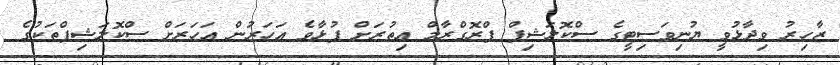
ޒާހިރު ވިދާޅުވީ ޔުނިވަސިޓީގެ ސްކޮލަޝިޕް ޕްރޮގްރާމް އިތުރަށް ފުޅާވެ އަހަރުން އަހަރަށް ސްކޮލަޝިޕްތަކުގެ